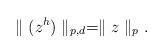
LaTeX: \begin{align*}\parallel(z^{h})\parallel_{p,d}=\parallel z\parallel_p.\end{align*}